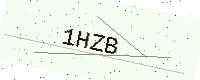
Text: 1HZB